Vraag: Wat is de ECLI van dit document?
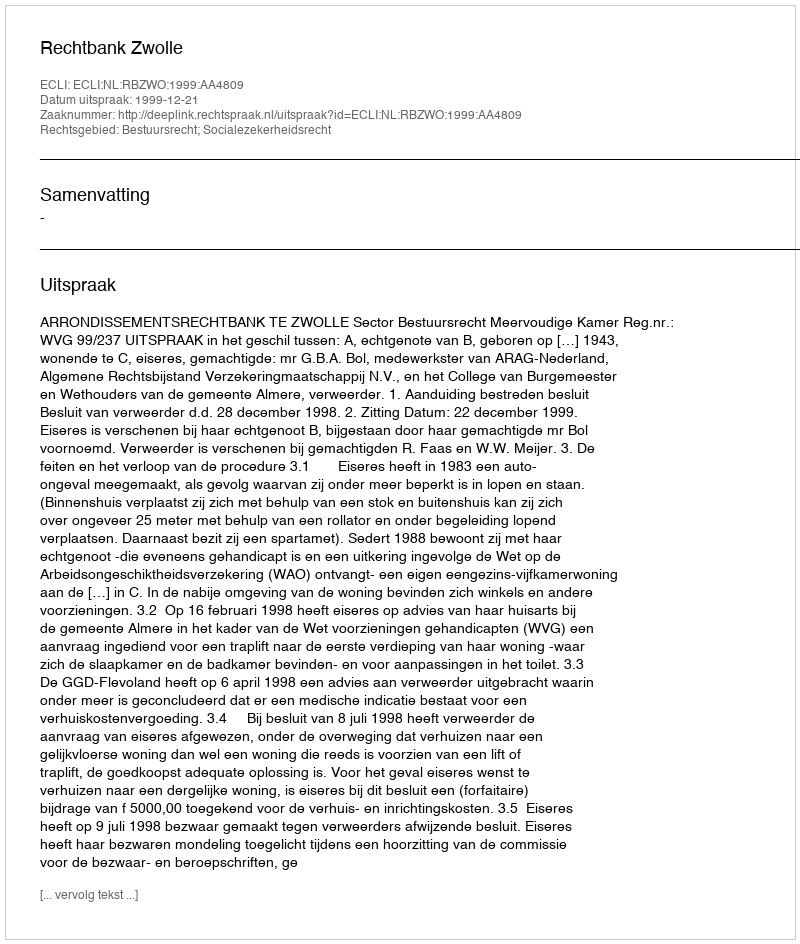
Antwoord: ECLI:NL:RBZWO:1999:AA4809